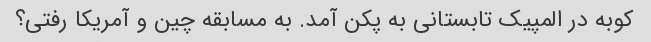
کوبه در المپیک تابستانی به پکن آمد. به مسابقه چین و آمریکا رفتی؟